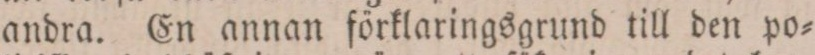
andra. En annan förklaringsgrund till den po=